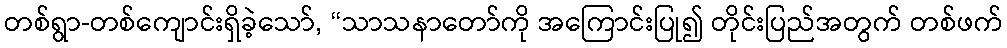
တစ်ရွာ-တစ်ကျောင်းရှိခဲ့သော်, “သာသနာတော်ကို အကြောင်းပြု၍ တိုင်းပြည်အတွက် တစ်ဖက်